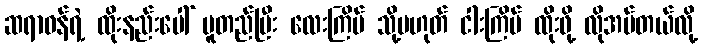
ဆရာဝန်ရဲ့ ထိုးနည်းပေါ် မူတည်ပြီး လေးကြိမ် သို့မဟုတ် ငါးကြိမ် ထိုးဖို့ လိုအပ်တယ်လို့